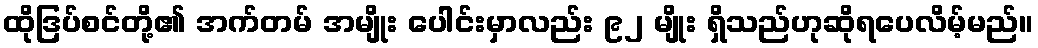
ထိုဒြပ်စင်တို့၏ အက်တမ် အမျိုး ပေါင်းမှာလည်း ၉၂ မျိုး ရှိသည်ဟုဆိုရပေလိမ့်မည်။